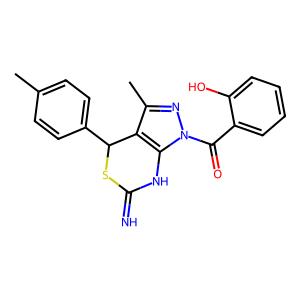
SMILES: Cc1ccc(C2SC(=N)Nc3c2c(C)nn3C(=O)c2ccccc2O)cc1
Inhibits HIV replication: No